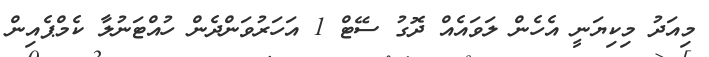
މިއަދު މިކިޔަނީ އެހެން ލަވައެއް ދޮގު ސޭޓް 1 އަހަރުވަންދެން ހުއްޓަނުލާ ކެމްޕެއިން